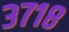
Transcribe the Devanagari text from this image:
३७१८